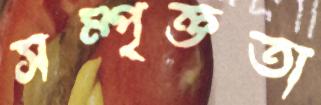
সম্পৃক্ততা